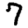
Digit: 7